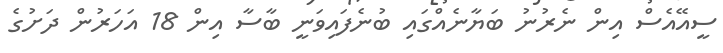
ސީއޭއެސް އިން ނެރުނު ބަޔާނެއްގައި ބުނެފައިވަނީ ބާސާ އިން 18 އަހަރުން ދަށުގެ